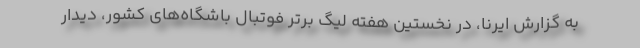
به گزارش ایرنا، در نخستین هفته لیگ برتر فوتبال باشگاه‌های کشور، دیدار